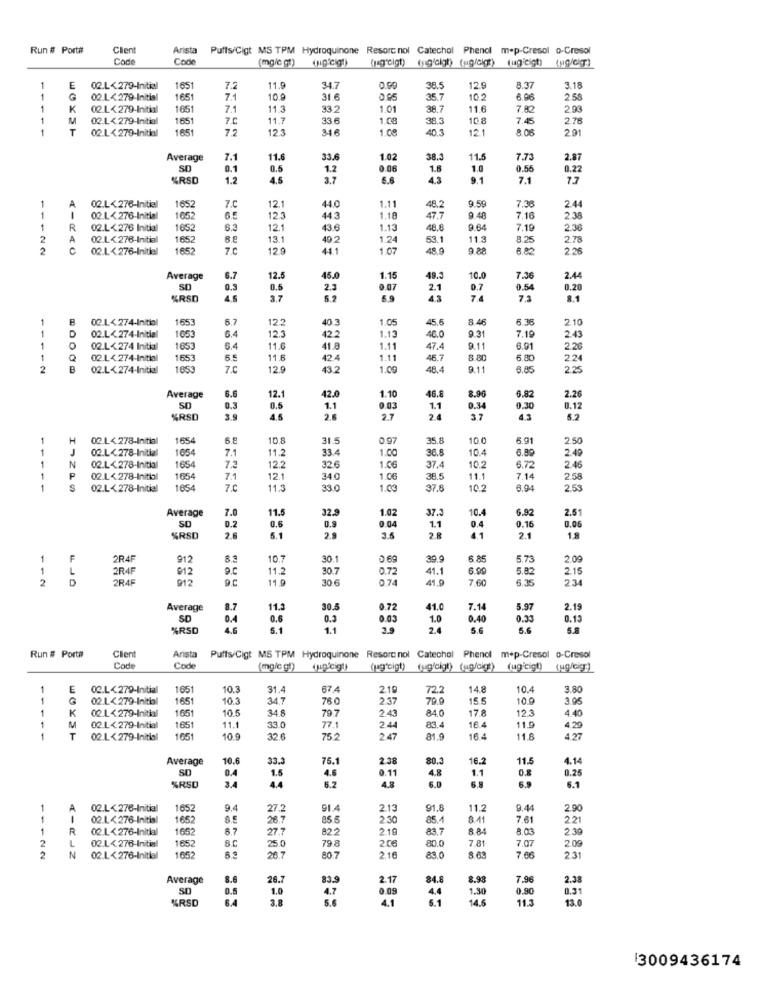
Run # Port#
Client
Arista
Puffs/Cigt MS TPM Hydroquinone Resorc nol Catechol Phenol mep-Cresol o-Cresol
Code
Code
(mg/c gt)
(jag'eigt) (ugfolgt) (ug/ck()
fugleigt) {ug/cT)
1
E
02.L<279-Initial
165
7.2
11.9
34.7
0.90
38.5
129
8.37
3.18
02.L<279-Initis
1651
7.1
10.9
31.6
0.95
35.7
10.2
6.96
2.58
1
K
02.1<279-Initial
1651
7.1
11.3
33.2
1.01
38.7
11.6
7.82
2.03
1
M
02.1< 279-Initial
1651
7.C
11.7
33 6
1.08
38.3
108
7.45
2.78
T
02.L<279-Initial
165
7.2
12.3
346
1.08
40.3
12.1
8.06
2.91
Average
7.1
11.6
33.6
1.02
38.3
11.5
7.73
2.87
SO
0.1
0.5
1.2
0.06
1.8
1.0
0.55
0.22
%RSD
1.2
4.5
3.7
6.6
4.3
9.1
7.1
7.7
1
7.C
9.59
02.L<276-Initial
1652
12.1
44.0
1.11
48.2
7.38
2.44
1
4-
02.L< 276-Initial
1652
6.5
12.3
44.3
1.18
47.7
9.48
7.16
2.38
1
R
02.L< 276 Initial
1652
6.3
12.1
43.6
1.13
48.8
9.64
7.19
2.36
2
A
02.1. 276-Initial
1652
13.1
40.2
1.24
53.1
11.3
8.25
2.78
2
C
02.L .< 276-Initial
1652
7.0
12.9
44.1
1.07
48.9
9.88
8.80
2.26
Average
6.7
12.5
45.0
1.15
49.3
10.0
7.36
2.44
SD
0.3
0.5
2.3
0.07
2.1
0.7
0.54
0.20
%RSD
4.5
3.7
5.2
5.9
4.3
7
7.3
8.1
1
02.1<274-Initial
1653
6.7
12.2
40 3
1.05
45.6
8 46
6.35
2.10
1
02.L<274-Initial
12.3
9.31
7.19
1053
6.4
42.2
1.1;
40.0
2.43
1
02.L< 274 Initial
1653
6.4
11.6
41.8
1.11
47.
9.11
6.91
2.26
1
02.1 4.274-Initial
1653
6.5
11.6
42.4
1.11
46.7
6.80
2.24
2
02.L<274-Initial
1853
7.C
12.9
43.2
48.
9.11
6.85
2.25
Average
6.6
12.
42.0
1.10
46.8
8.96
6.82
2.26
SD
0.3
8.5
1.1
0.03
1.1
0.34
0.30
0.12
%RSD
3.9
48
2 8
2.7
2.
37
4.3
1
H
02.1 < 278-Initial
1654
6.8
10.8
31.5
0.9
35.
10.0
5.91
2.50
1
02.L<278-Initial
1654
7.1
33.4
1.00
10.4
6.89
1
N
1654
11.
36.
2.49
02.L≤ 278-Initial
7.2
12.2
32.6
1.06
37.4
10.2
6.72
2.46
-
02.L ≤ 278-Initial
1654
7.1
12.1
34.0
1.06
38.5
11.1
7.14
2.58
1
02.L<278-Initial
1654
7.C
11.3
33.0
1.03
37.
10.2
6.94
2.53
Average
7.0
32.9
1.02
37.3
10.4
6.92
2.51
11.
1.1
0.16
0.2
0.6
0.9
0.04
0.06
%RSD
2.8
5.1
2.9
3.5
2 R
2.1
18
AR4F
912
10.7
30.1
39.9
6.85
5.73
2.09
1
2R4F
912
D.C
11.
30.7
0.72
41.1
6.9
5.82
2.15
2
D
2845
9.C
11.9
30 6
0.74
41.9
7.60
6.35
2.34
Average
8.7
11.3
30.5
.72
41.0
7.14
5.97
LC'O
2.19
SD
0.4
0.6
0.3
0.03
1.0
0.40
0.13
%RSD
1.1
2.4
5.6
5.8
Run # Port#
Clent
Arista
Puffs/Cigt MS TPM Hydroquinone Resorc nol Catechol Phenol mep-Cresol o-Cresol
Code
Code
(mg/c gt)
(up'cig!)
(jug"cigt)
(ug'cig!) (ug/cig:)
fug'eigt)
1
E
02.L<279-Initial
1651
10.3
31.
67.4
2.19
72.2
14.8
10.4
3.80
1
02.L< 279-Initial
1651
10.3
34.7
76.0
2.37
79.9
15.5
10.9
3.05
1
K
1651
10.5
34.8
84.0
17.8
12.3
79.7
2.43
4.40
02 L< 279-Initial
1651
11.1
33.0
77.1
2.44
83.4
16.4
11.9
4.29
02.L <279-Initial
1651
10.9
32 6
75 2
247
81.9
16 4
11.8
4.27
Average
10.6
33.3
75.1
2.38
80.3
16.2
11.5
4.14
SD
4.6
0.26
0.4
3.4
1.5
0.11
4.8
0.8
%RSO
44
6.2
4.8
6.0
6.1
1
A
02.L<276-Initial
1652
9.4
91.4
2.13
91.
11.2
9.4
2.90
1
1
02.L<276-Initis
1652
85.5
2:30
85.4
8.41
7.61
2.21
1
R
02.1 < 276-Initial
1652
6.7
27.7
822
219
83.7
8 84
8.03
2.39
2
L
1652
79 8
206
80.0
7.81
7.07
02.L .< 276-Initial
25.0
2.09
2
N
02.L .< 276-Initial
1652
28.7
80.7
2.16
83.0
8.69
7.66
2.31
Average
8.6
26.7
83.9
2.17
84.8
8.98
7.96
2.38
0.5
1.0
4.7
0.08
4.4
1.30
0,90
0.31
%RSD
3.8
5.6
4.1
5.1
14.6
11.3
13.0
13009436174